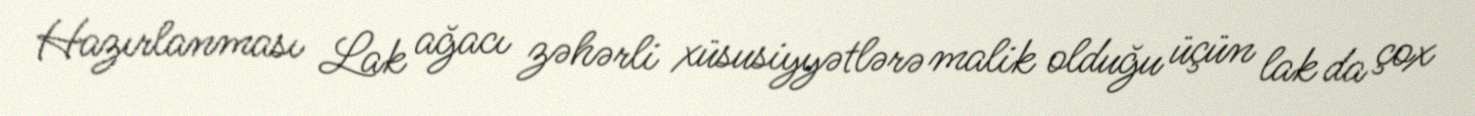
Hazırlanması Lak ağacı zəhərli xüsusiyyətlərə malik olduğu üçün lak da çox